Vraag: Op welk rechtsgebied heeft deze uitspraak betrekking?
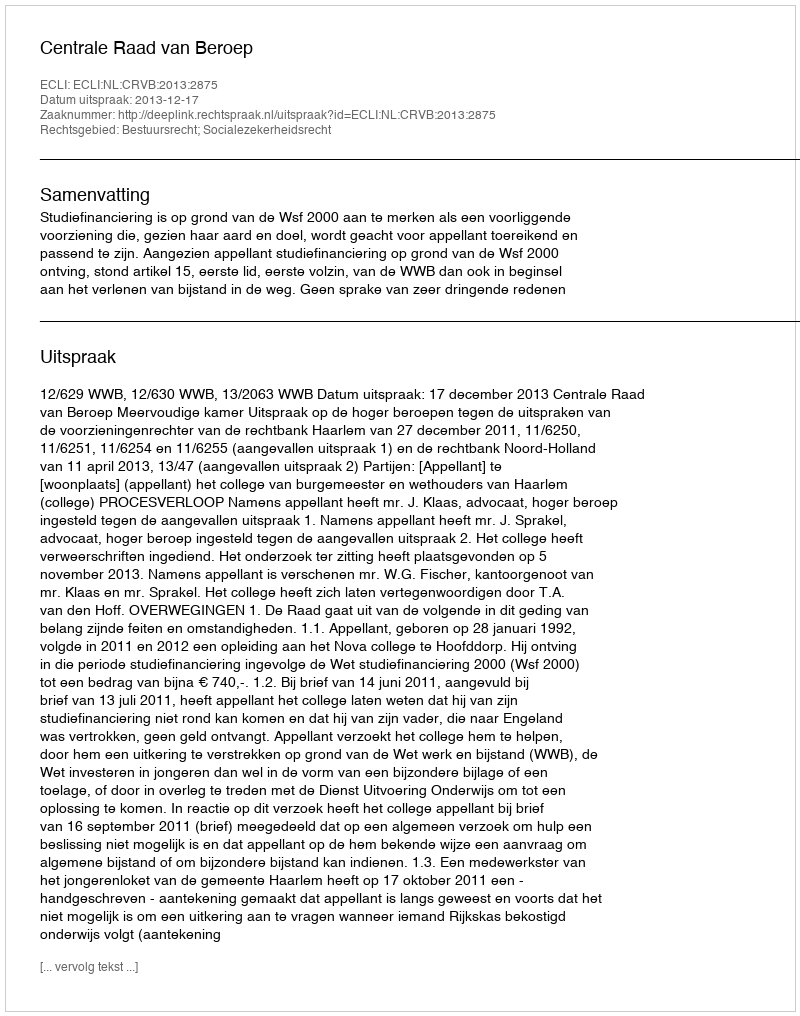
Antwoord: Bestuursrecht; Socialezekerheidsrecht